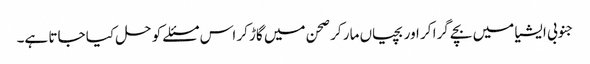
جنوبی ایشیا میں‌ بچے گرا کر اور بچیاں‌ مار کر صحن میں‌ گاڑ کر اس مسئلے کو حل کیا جاتا ہے۔